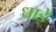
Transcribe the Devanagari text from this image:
धाड़े